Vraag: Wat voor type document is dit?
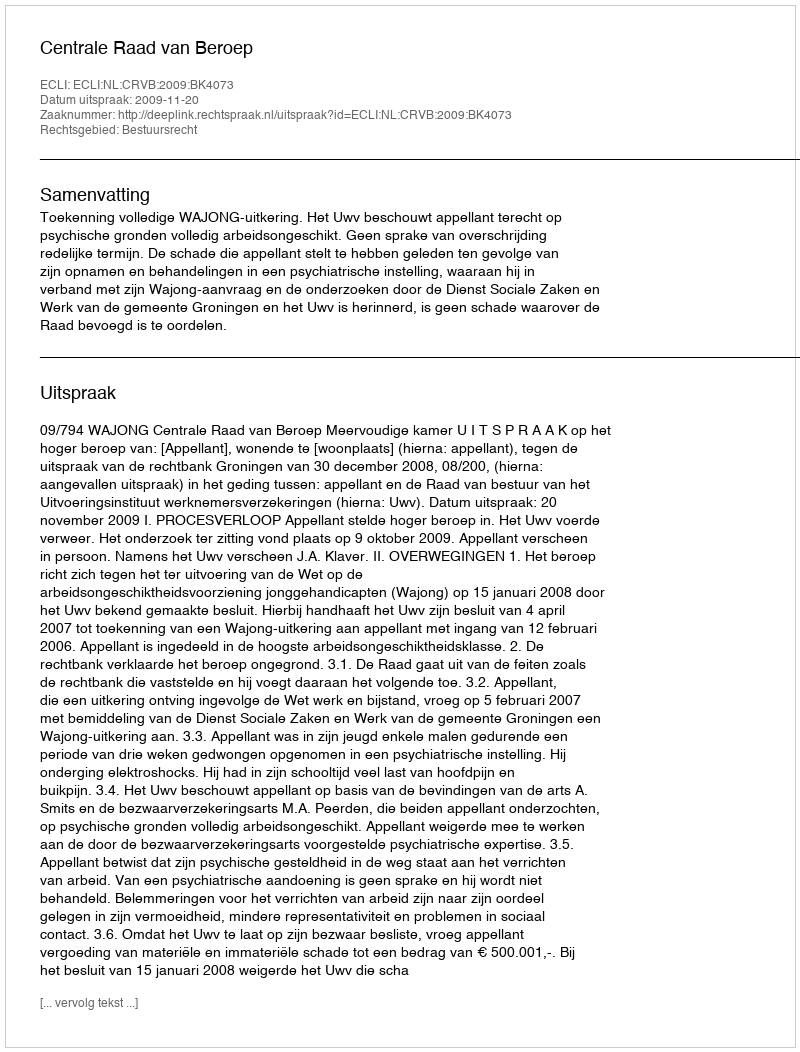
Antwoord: Uitspraak